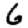
Digit: 6